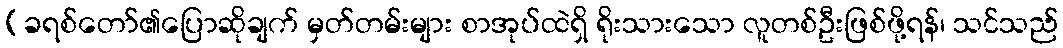
(ခရစ်တော်၏ပြောဆိုချက် မှတ်တမ်းများ စာအုပ်ထဲရှိ ရိုးသားသော လူတစ်ဦးဖြစ်ဖို့ရန်၊ သင်သည်